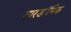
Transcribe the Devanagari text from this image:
सारडॉनिक